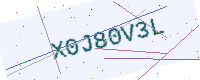
Text: X0J80V3L